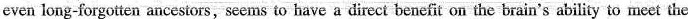
even long-forgotten ancestors,seems to have a direct benefit on the brain's ability to meet the